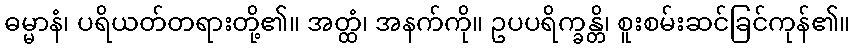
ဓမ္မာနံ၊ ပရိယတ်တရားတို့၏။ အတ္ထံ၊ အနက်ကို။ ဥပပရိက္ခန္တိ၊ စူးစမ်းဆင်ခြင်ကုန်၏။